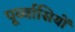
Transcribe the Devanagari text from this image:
पूर्व्वासियों